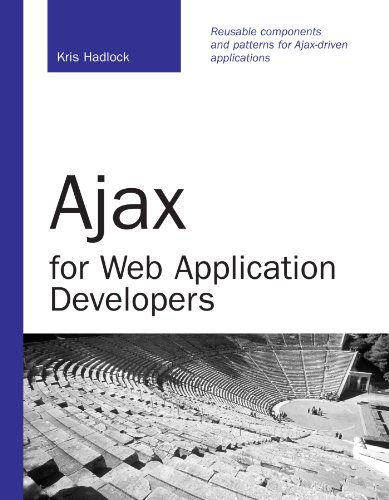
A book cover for Ajax for Web Application Developers; Kris Hadlock; Computers & Technology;